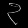
Digit: ၃